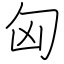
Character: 匈